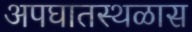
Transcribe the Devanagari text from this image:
अपघातस्थळास